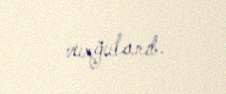
vurğulanıb.